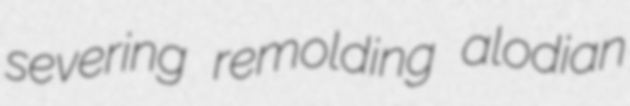
severing remolding alodian